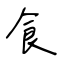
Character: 食